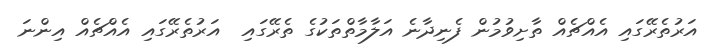
އަރުތެރޭގައި އެއްޗެއް ތާށިވުމުން ފެނިދާނެ އަލާމާތްތަކުގެ ތެރޭގައި  އަރުތެރޭގައި އެއްޗެއް އިންނަ